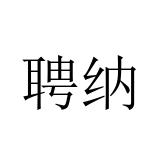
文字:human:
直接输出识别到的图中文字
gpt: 聘纳